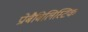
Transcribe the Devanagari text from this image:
प्रोबैबिलिस्टिक